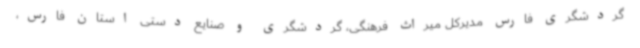
گردشگری فارس مدیرکل میراث فرهنگی، گردشگری و صنایع دستی استان فارس،